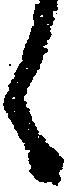
く